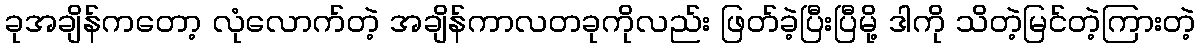
ခုအချိန်ကတော့ လုံလောက်တဲ့ အချိန်ကာလတခုကိုလည်း ဖြတ်ခဲ့ပြီးပြီမို့ ဒါကို သိတဲ့မြင်တဲ့ကြားတဲ့